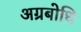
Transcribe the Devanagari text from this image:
अग्रबोधि